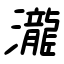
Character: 瀧